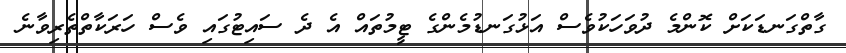
ގާތްގަނޑަކަށް ކޮންމެ ދުވަހަކުވެސް އަޅުގަނޑުމެންގެ ޓީމުތައް އެ ދެ ސައިޓުގައި ވެސް ހަރަކާތްތެރިވާނެ